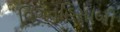
વિગતહિસાબી